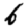
Digit: 6